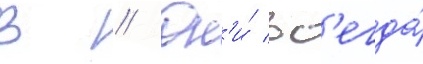
в // Он'и́ вс'егда́